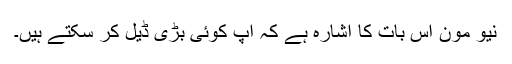
نیو مون اس بات کا اشارہ ہے کہ آپ کوئی بڑی ڈیل کر سکتے ہیں۔